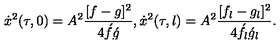
\dot { x } ^ { 2 } ( \tau , 0 ) = A ^ { 2 } \frac { [ f - g ] ^ { 2 } } { 4 \acute { f } \acute { g } } , \dot { x } ^ { 2 } ( \tau , l ) = A ^ { 2 } \frac { [ f _ { l } - g _ { l } ] ^ { 2 } } { 4 \acute { f } _ { l } \acute { g } _ { l } } .